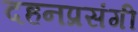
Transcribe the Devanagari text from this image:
दहनप्रसंगी